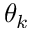
\theta _ { k }